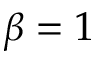
\beta = 1